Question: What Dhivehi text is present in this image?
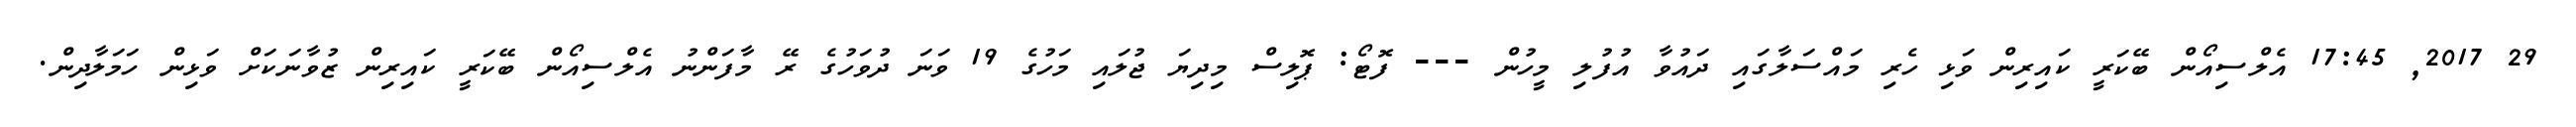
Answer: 29 2017, 17:45 އެލްސިއޯން ބޭކަރީ ކައިރިން ވަޅި ހެރި މައްސަލާގައި ދައުވާ އުފުލި މީހުން --- ފޮޓޯ: ޕޮލިސް މިދިޔަ ޖުލައި މަހުގެ 19 ވަނަ ދުވަހުގެ ރޭ މާފަންނު އެލްސިއޯން ބޭކަރީ ކައިރިން ޒުވާނަކަށް ވަޅިން ހަމަލާދިން.